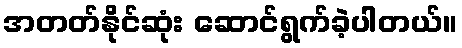
အတတ်နိုင်ဆုံး ဆောင်ရွက်ခဲ့ပါတယ်။